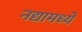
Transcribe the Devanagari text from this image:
नद्यामध्ये